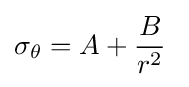
\sigma _{\theta }=A+{\dfrac {B}{r^{2}}}\